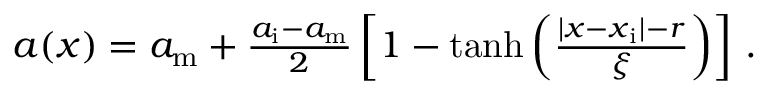
\begin{array} { r } { a ( \boldsymbol x ) = a _ { \mathrm { m } } + \frac { a _ { \mathrm { i } } - a _ { \mathrm { m } } } { 2 } \left[ 1 - \operatorname { t a n h } \left( \frac { | \boldsymbol x - \boldsymbol x _ { \mathrm { i } } | - r } { \xi } \right) \right] \, . } \end{array}